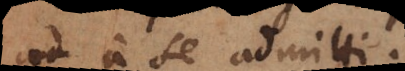
a se admitti.